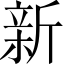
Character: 新